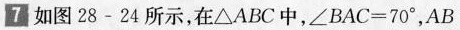
7如图28-24所示，在△ABC中，∠BAC=70°，AB